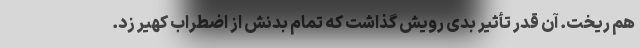
هم ریخت. آن قدر تأثیر بدی رویش گذاشت که تمام بدنش از اضطراب کهیر زد.